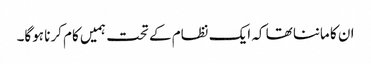
ان کا ماننا تھا کہ ایک نظام کے تحت ہمیں کام کرنا ہوگا۔